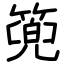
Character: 篼